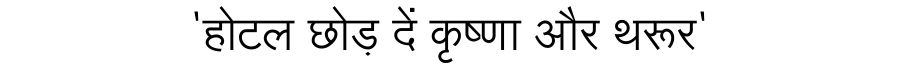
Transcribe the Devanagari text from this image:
'होटल छोड़ दें कृष्णा और थरूर'